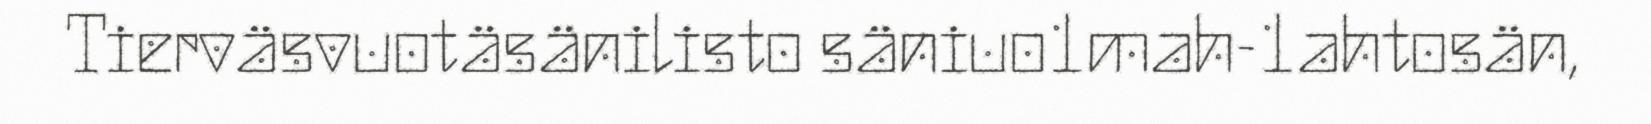
Tierväsvuotäsänilisto säniuo1mah-1ahtosän,